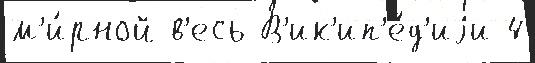
м'и́рной в'есь В'ик'ип'е́д'иjи 4